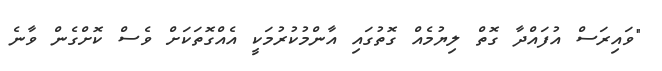
"ވައިރަސް އުފައްދާ ގޮތް ލިޔުމެއް ގޮތުގައި އާންމުކުރުމަކީ އެއްގޮތަކަށް ވެސް ކޮށްގެން ވާނެ